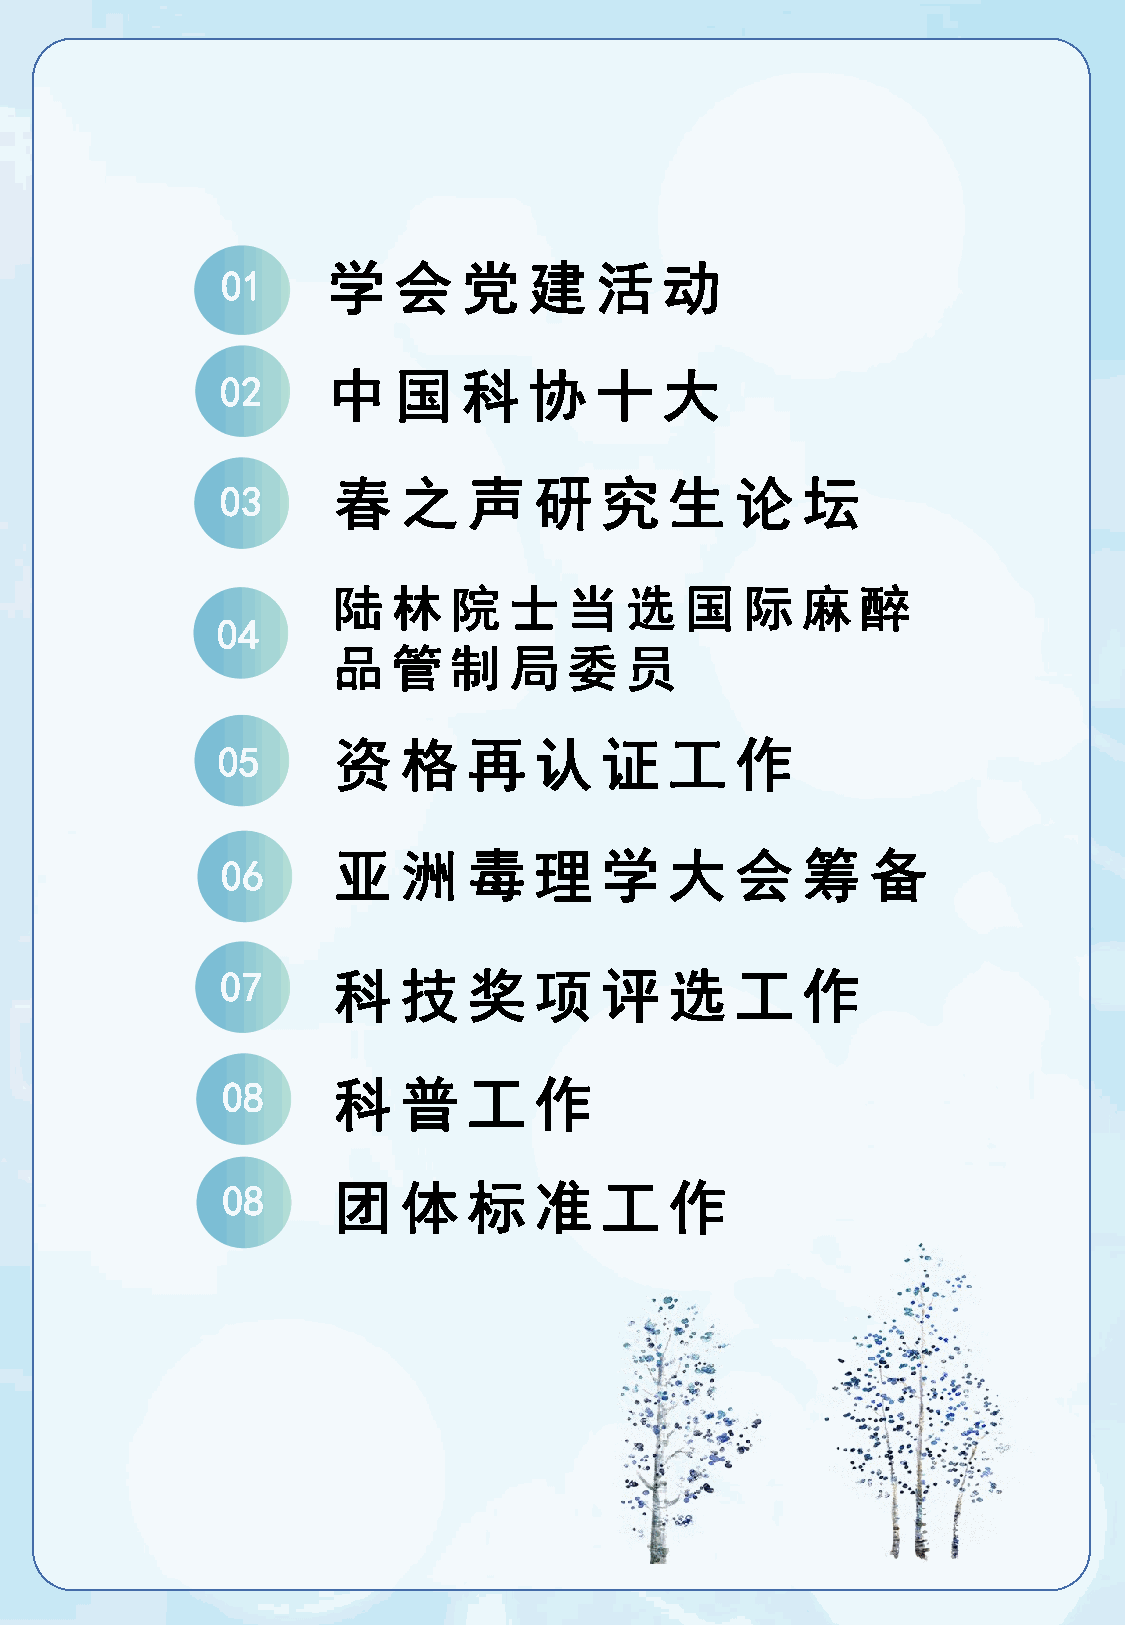
学   会    党   建   活    动
 01
 02     中   国    科   协   十    大
 春    之   声   研    究   生    论   坛
 03
 陆   林   院   士   当  选   国   际   麻   醉
 04
 品   管   制   局   委  员
 05      资    格   再   认    证   工    作
 05      亚    洲   毒   理    学   大    会   筹    备
 06
 07     科    技   奖   项    评   选    工   作
 08     科    普   工   作
 08     团    体   标   准    工   作